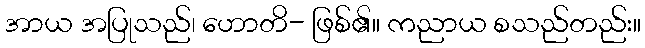
အာယ အပြုသည်၊ ဟောတိ- ဖြစ်၏။ ကညာယ စသည်တည်း။